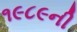
૧૯૮૯ની